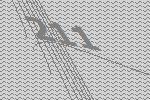
211